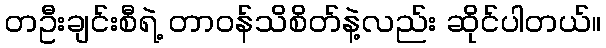
တဦးချင်းစီရဲ့ တာဝန်သိစိတ်နဲ့လည်း ဆိုင်ပါတယ်။